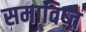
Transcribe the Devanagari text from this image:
समाविष्त